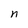
Character: n